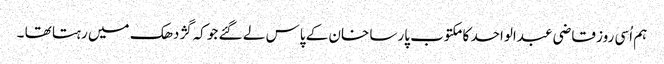
ہم اُسی روز قاضی عبدالواحد کا مکتوب پارسا خان کے پاس لے گئے جو کہ گژدھک میں رہتا تھا ۔